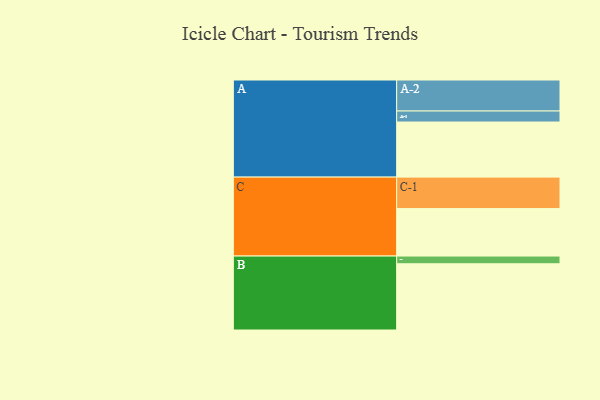
{"axis": {"x": "Segment", "y": "Value"}, "legend": ["", "A", "B", "C"], "data": [{"x": "A", "y": 485, "type": ""}, {"x": "B", "y": 583, "type": ""}, {"x": "C", "y": 418, "type": ""}, {"x": "A-1", "y": 97, "type": "A"}, {"x": "A-2", "y": 273, "type": "A"}, {"x": "B-1", "y": 68, "type": "B"}, {"x": "C-1", "y": 277, "type": "C"}]}